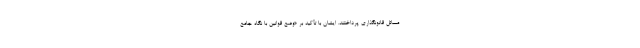
مسائل قانونگذاری پرداختند. ایشان با تأکید بر «وضع قوانین با نگاه جامع